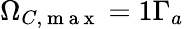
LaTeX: \Omega_{C,\mathrm{~m~a~x~}}=1\Gamma_{a}